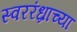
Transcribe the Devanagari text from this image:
स्वररंध्राच्या